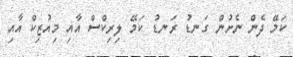
ކަމޭ ދެން ނެށުން ގަނޑު ރަނޑު ކަމޭ ލިރިކްސް އާއި މިއުޒިކް އާއި